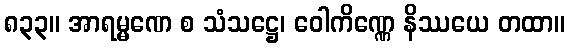
၈၃၃။ အာရမ္မဏေ စ သံသဋ္ဌေ၊ ဝေါကိဏ္ဏေ နိဿယေ တထာ။